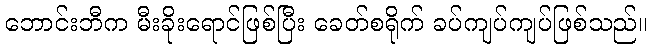
ဘောင်းဘီက မီးခိုးရောင်ဖြစ်ပြီး ခေတ်စရိုက် ခပ်ကျပ်ကျပ်ဖြစ်သည်။